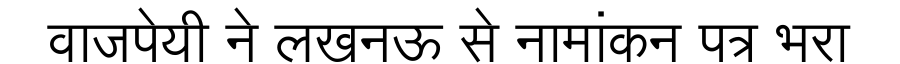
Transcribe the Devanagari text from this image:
वाजपेयी ने लखनऊ से नामांकन पत्र भरा